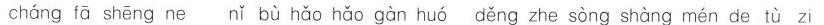
cháng fā shēng ne nǐ bù hǎo hǎo gàn huó děng zhe sòng shàng mén de tù zi